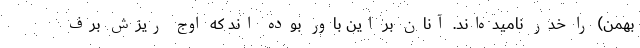
بهمن) را خدر نامیده‌اند. آنان بر این باور بوده اند که اوج ریزش برف